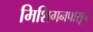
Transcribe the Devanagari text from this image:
मिशिगनपासून